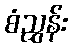
စံညွှန်း